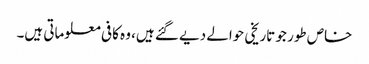
خاص طور جو تاریخی حوالے دیے گئے ہیں، وہ کافی معلوماتی ہیں۔